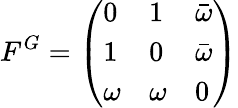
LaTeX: F^{G}=\left(\begin{array}{lll}{0}&{1}&{\bar{\omega}}\\ {1}&{0}&{\bar{\omega}}\\ {\omega}&{\omega}&{0}\end{array}\right)